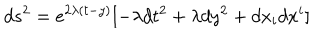
d s ^ { 2 } = e ^ { 2 \lambda ( t - y ) } [ - \lambda d t ^ { 2 } + \lambda d y ^ { 2 } + d x _ { i } d x ^ { i } ]